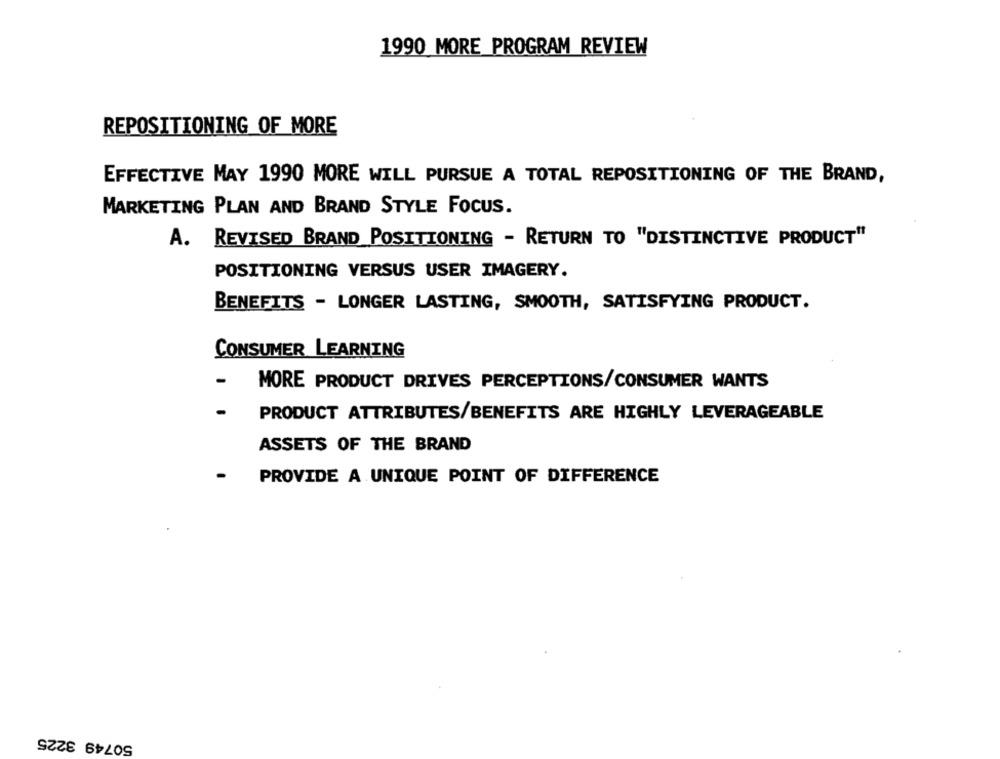
1990 MORE PROGRAM REVIEW
REPOSITIONING OF MORE
EFFECTIVE MAY 1990 MORE WILL PURSUE A TOTAL REPOSITIONING OF THE BRAND,
MARKETING PLAN AND BRAND STYLE FOCUS.
A. REVISED BRAND POSITIONING - RETURN TO "DISTINCTIVE PRODUCT"
POSITIONING VERSUS USER IMAGERY.
BENEFITS - LONGER LASTING, SMOOTH, SATISFYING PRODUCT.
CONSUMER LEARNING
-
MORE PRODUCT DRIVES PERCEPTIONS/CONSUMER WANTS
-
PRODUCT ATTRIBUTES/BENEFITS ARE HIGHLY LEVERAGEABLE
ASSETS OF THE BRAND
-
PROVIDE A UNIQUE POINT OF DIFFERENCE
50749 3225